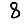
Digit: 8